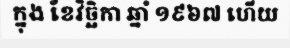
ក្នុង ខែវិច្ឆិកា ឆ្នាំ ១៩៦៧ ហើយ